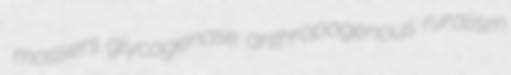
mossers glycogenase anthropogenous ruralism